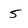
Character: 5